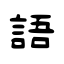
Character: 語